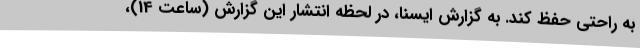
به راحتی حفظ کند. به گزارش ایسنا، در لحظه انتشار این گزارش (ساعت 14)،